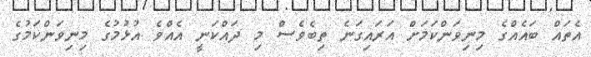
އެތައް ބައެއްގެ މިނިވަންކަމަށް އަރައިގަނެ ތިބެވެސް މި ދައްކަނީ އެއްވެ އުޅުމުގެ މިނިވަންކަމުގެ